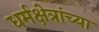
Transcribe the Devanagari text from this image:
धर्मक्षेत्रांच्या